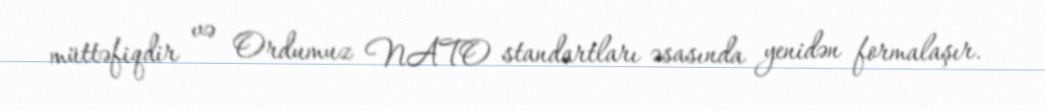
müttəfiqdir və Ordumuz NATO standartları əsasında yenidən formalaşır.